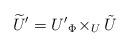
LaTeX: \begin{align*}\widetilde U' = U' {}_{\Phi}\!\times_U \tilde U\end{align*}